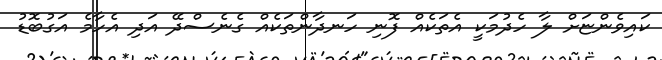
ކައިވެންޏަށް ލާ ހެދުމަކީ އެތަކެއް ފޮނި ހަނދާންތަކެއް ގެނެސްދޭ އަދި އެހާމެ އަގުބޮޑު